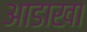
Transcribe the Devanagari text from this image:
आडाखा